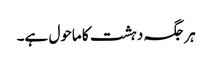
ہرجگہ دہشت کا ماحول ہے۔